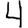
Digit: 4